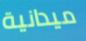
ميدانية